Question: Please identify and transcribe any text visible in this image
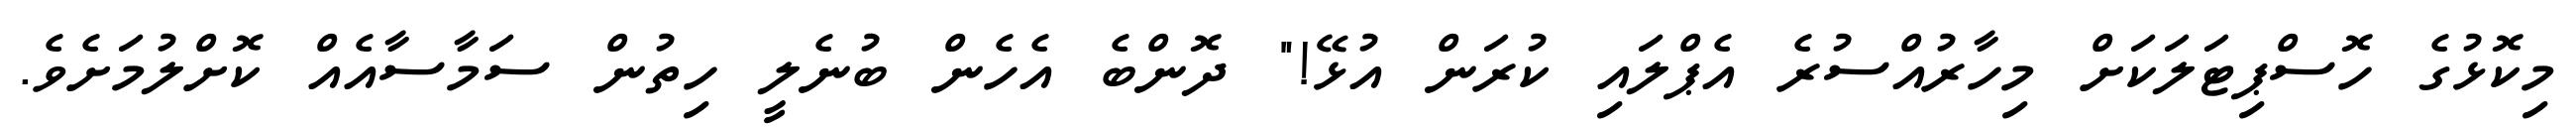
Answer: މިކޮޅުގެ ހޮސްޕިޓަލަކަށް މިހާރުއްސުރެ އެޕްލައި ކުރަން އުޅޭ!" ދޮންބެ އެހެން ބުނެލީ ހިތުން ސަމާސާއެއް ކޮށްލުމަށެވެ.